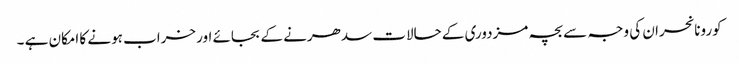
کورونا نحران کی وجہ سے بچہ مزدوری کے حالات سدھرنے کے بجائے اور خراب ہونے کا امکان ہے ۔